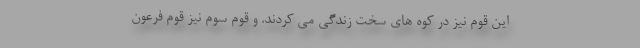
این قوم نیز در کوه های سخت زندگی می کردند. و قوم سوم نیز قوم فرعون